Annual statistical returns and brief notes on vaccination in Bengal - 1896-1909
Year: 1896
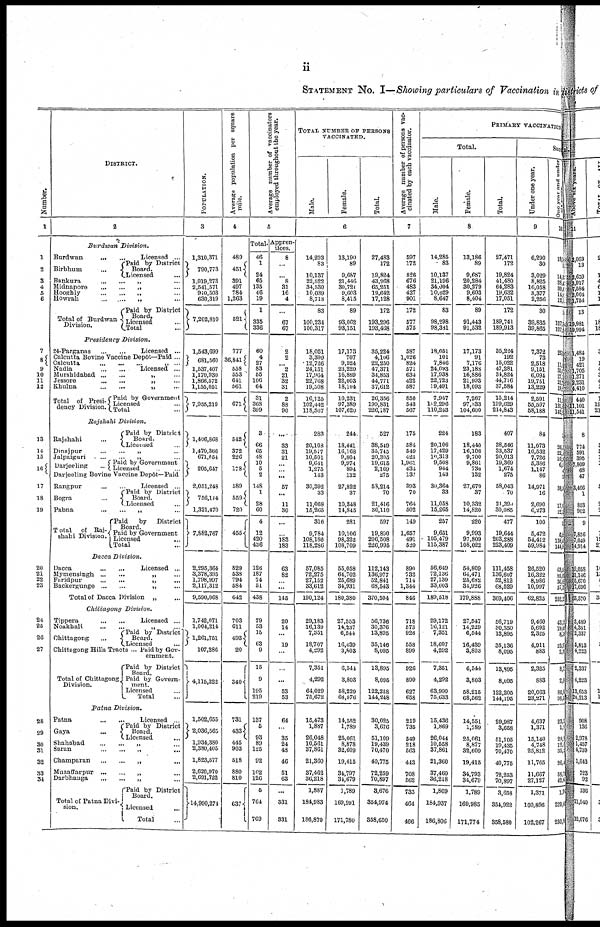
ii
STATEMENT NO. I—Showing particulars of Vaccination in
Number.
1
1
2
3
4
5
6
7
8 9
10
11
12
13
14
15
16
17
18
19
20
21
22
23
24
25
26
27
28
29
30
31
32
33
34
DISTRICT.
2
Burdwan
Division.
Burdwan... ... ...
Birbhum...
...
...
Licensed ...
Paid by District
Board.
Licensed...
Bankura...
...
...
Midnapore...
...
...
Hooghly...
...
...
Howrah...
...
Total of Burdwan
Division.
Paid by District
Board.
Licensed...
Total...
Presidency
Division.
24-Parganas...
Licensed ...
Calcutta Bovine Vaccine Depôt—Paid ...
Calcutta...
...
...
Nadia... ...
Licensed ...
Murshidabad...
...
...
Jessore...
...
...
Khulna...
...
...
Total of Presi-
dency Division.
Paid by Government
Licensed...
Total...
Rajshahi
Division.
Rajahahi...
Paid by District
Board.
Licensed...
Dinajpur...
...
Jalpaigun...
...
...
Darjeeling...
...
Paid by Government
Licensed...
Darjeeling Bovine Vaccine Depôt—Paid
Rangpur...
Bogra...
Licensed ...
Paid by District
Board.
Licensed...
Pabna...
...
...
Total
of Raj-
shahi Division.
Paid
by District
Board.
Paid by Government
Licensed...
Total...
Dacca
Division.
Dacca...
...
Licensed...
Mymensingh...
...
...
Faridpur...
...
...
Backergunge...
...
Total of Dacca
Division...
Chittagong
Division.
Tippera...
Licensed...
Noakhali...
...
...
Chittagong... ...
Chittagong Hills Tracts...
Paid by District
Board.
Licensed...
Paid by Gov-
ernment.
Paid by District
Board.
Total of Chittagong
Division.
Paid by Govern-
ment.
Licensed...
Total...
Patna
Division.
Patna...
...
Gaya...
Licensed ...
Paid by District
Board.
Licensed...
Shahabad...
...
Saran...
...
Champaran...
...
Muzaffarpur...
...
...
Darbhanga...
...
Paid by District
Board.
Total of Patna Divi-
sion.
Licensed...
Total...
POPULATION.
3
1,310,371
790,773
1,019,273
2,541,571
910,503
630,319
7,202,810
1,543,699
681,560
1,537,407
1,170,930
1,866,572
1,155,051
7,955,210
1,406,868
1,470,366
671,054
205,647
2,051,248
756,114
1,321,470
7,882,767
2,295,364
3,378,395
1,798,997
2,117,312
9,590,068
1,742,071
1,004,214
1,261,751
107,286
4,115,322
1,502,655
2,036,565
1,934,380
2,380,405
1,823,577
2,620,970
2,691,722
14,990,274
Average population per square
mile.
4
489
451
391
497
784
1,263
521
777
36,841
558
553
641
561
671
542
372
226
178
589
559
720
455
829
538
794
584
642
703
611
493
20
340
731
433
445
903
518
880
810
637
Average number of vaccinators
employed throughout the year.
5
Total.
46
1
24
65
135
46
19
1
335
336
60
4
27
83
55
106
64
31
368
399
3
66
65
48
10
5
2
148
1
28
60
4
12
420
436
126
187
74
51
438
79
53
15
63
9
15
9
195
219
137
5
93
89
125
92
102
126
5
764
769
Appren-
tices.
8
...
...
8
31
16
4
...
67
67
2
2
...
2
21
32
31
2
88
90
...
33
31
21
...
...
...
57
...
11
30
...
...
183
183
63
82
...
...
145
20
14
...
19
...
...
...
53
53
64
...
35
24
48
46
51
63
...
331
331
TOTAL NUMBER OF PERSONS
VACIINATED.
Male.
Female.
Total.
6
14,203
83
10,137
22,522
34,530
10,039
8,713
83
100,234
100,317
18,051
3,399
12,726
24,151
17,964
22,768
19,508
16,125
102,442
118,567
283
20,103
19,577
10,501
9,641
1,275
143
30,392
33
11,068
15,265
316
9,784
108,186
118,286
57,085
72,275
27,152
33,612
190,124
29,183
16,139
7,351
18,707
4,292
7,351
4,292
64,029
75,672
15,473
1,887
26,048
10,561
37,861
21,360
37,462
36,218
1,887
184,983
186,870
13,190
89
9,687
21,446
30,721
9,603
8,415
89
93,062
93,151
17,173
707
9,524
23,220
16,889
22,003
18,104
10,231
97,389
107,620
244
18,441
16,168
9,804
9,974
894
132
27,822
37
10,348
14,845
281
10,106
98,322
108,709
55,058
64,702
25,689
34,931
180,380
27,553
14,237
6,544
16,439
3,803
6,544
3,803
58,229
68,676
14,552
1,789
25,061
8,878
32,609
19,415
34,797
34,679
1,789
169,991
171,780
27,483
172
19,824
43,968
65,251
19,642
17,128
172
193,296
193,468
35,224
4,106
22,250
47,371
34,853
44,771
37,612
26,356
199,831
226,187
527
38,549
35,745
20,305
19,615
2,169
275
53,214
70
21,416
30,110
597
19,890
206,508
226,995
112,143
136,977
52,841
68,543
370,504
56,736
30,376
13,895
35,146
8,095
13,895
8,095
122,258
144,248
30,025
3,676
51,109
19,439
70,470
40,775
72,259
70,897
3,676
354,974
358,650
Average number of persons vac-
cinated by each vaccinator.
7
597
172
826
676
483
427
901
172
577
575
587
1,026
824
571
634
422
587
850
543
567
175
584
549
423
1,961
434
137
393
70
764
502
149
1,657
491
520
890
732
714
1,344
846
718
573
926
558
899
926
899
627
658
219
735
...
...
563
443
708
562
735
464
466
PRIMARY VACCINATIONS.
Total.
Male.
Female.
Total.
8
14,285
83
10,137
21,196
34,004
10,029
8,647
83
98,298
98,381
18,051
101
7,846
24,093
17,938
22,723
19,491
7,947
102,296
110,243
224
20,106
17,429
10,313
9,508
944
143
30,364
33
11,058
15,265
257
9,651
105,479
115,387
56,649
72,136
27,130
33,603
189,518
29,172
16,121
7,351
18,697
4,292
7,351
4,292
63,990
75,633
15,436
1,869
26,044
10,558
37,861
21,360
37,460
36,218
1,869
184,937
186,806
13,186
89
9,687
20,284
30,279
9,603
8,404
89
91,443
91,532
17,173
91
7,176
23,188
16,886
21,993
18,093
7,267
97,333
104,600
183
18,440
16,108
9,700
9,861
730
132
27,679
37
10,332
14,820
220
9,993
97,809
108,022
54,809
64,471
25,682
34,926
179,888
27,547
14,229
6,544
16,439
3,803
6,544
3,803
58,215
68,562
14,551
1,789
25 061
...
32,609
19,415
34,793
34,679
1,789
169,985
171,774
27,471
172
19,824
41,480
64,283
19,632
17,051
172
189,741
189,913
35,224
192
15,022
47,281
34,824
44,716
37,584
15,214
199,629
214,843
407
38,546
33,537
20,013
19,369
1,674
275
58,043
70
2l,390
30,085
477
19,644
203,288
223,409
111,458
136,607
52,812
68,529
369,406
56,719
30,350
13,895
35,136
8,095
13,895
8,095
122 205
144,195
29,987
3,658
...
...
70,470
40,775
...
70,897
3,658
354,922
358,580
Suc
Under one year.
9
6,290
30
3,029
8,825
16,058
3,377
2,256
30
39,835
39,865
7,372
73
2,518
9,151
6,094
19,751
13,229
2,591
55,597
58,188
84
11,073
10,532
7,726
5,336
1,147
86
14,971
16
2,690
6,273
100
5,472
54,412
59,984
26,520
16,322
8,986
10,997
62,825
9,460
5,692
2,325
4,911
883
2,325
883
20,063
23,271
4,637
1,371
...
...
25,812
11,765
11,667
27,127
1,371
100,896
102,267
One year and under
10
18,
...
14,
28, 39,
14,
12,
127,
127,
26,
11
33 27
22,
19,
11,
131,
148
26,
28
10,
6
1
38,
33,
17,
22,
9
6,
138,
144
63,
95,
36,6
37,3
232,2
43
19,6
8,
23,
2,
8,
2,
86,8
98,3
23,
1,
...
12,
35,
26,
53,
42,
1,
229,
230,